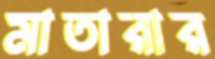
মাতারার